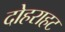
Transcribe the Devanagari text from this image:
दोहराहट